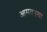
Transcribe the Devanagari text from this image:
आमवस्या